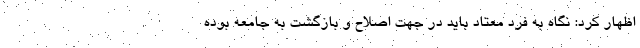
اظهار کرد: نگاه به فرد معتاد باید در جهت اصلاح و بازگشت به جامعه بوده